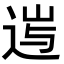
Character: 𨓂